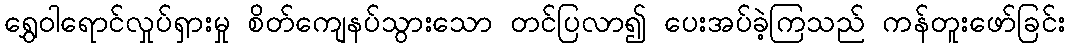
ရွှေဝါရောင်လှုပ်ရှားမှု စိတ်ကျေနပ်သွားသော တင်ပြလာ၍ ပေးအပ်ခဲ့ကြသည် ကန်တူးဖော်ခြင်း